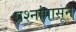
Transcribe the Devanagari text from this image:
प्रश्नांपासून